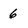
Character: 6